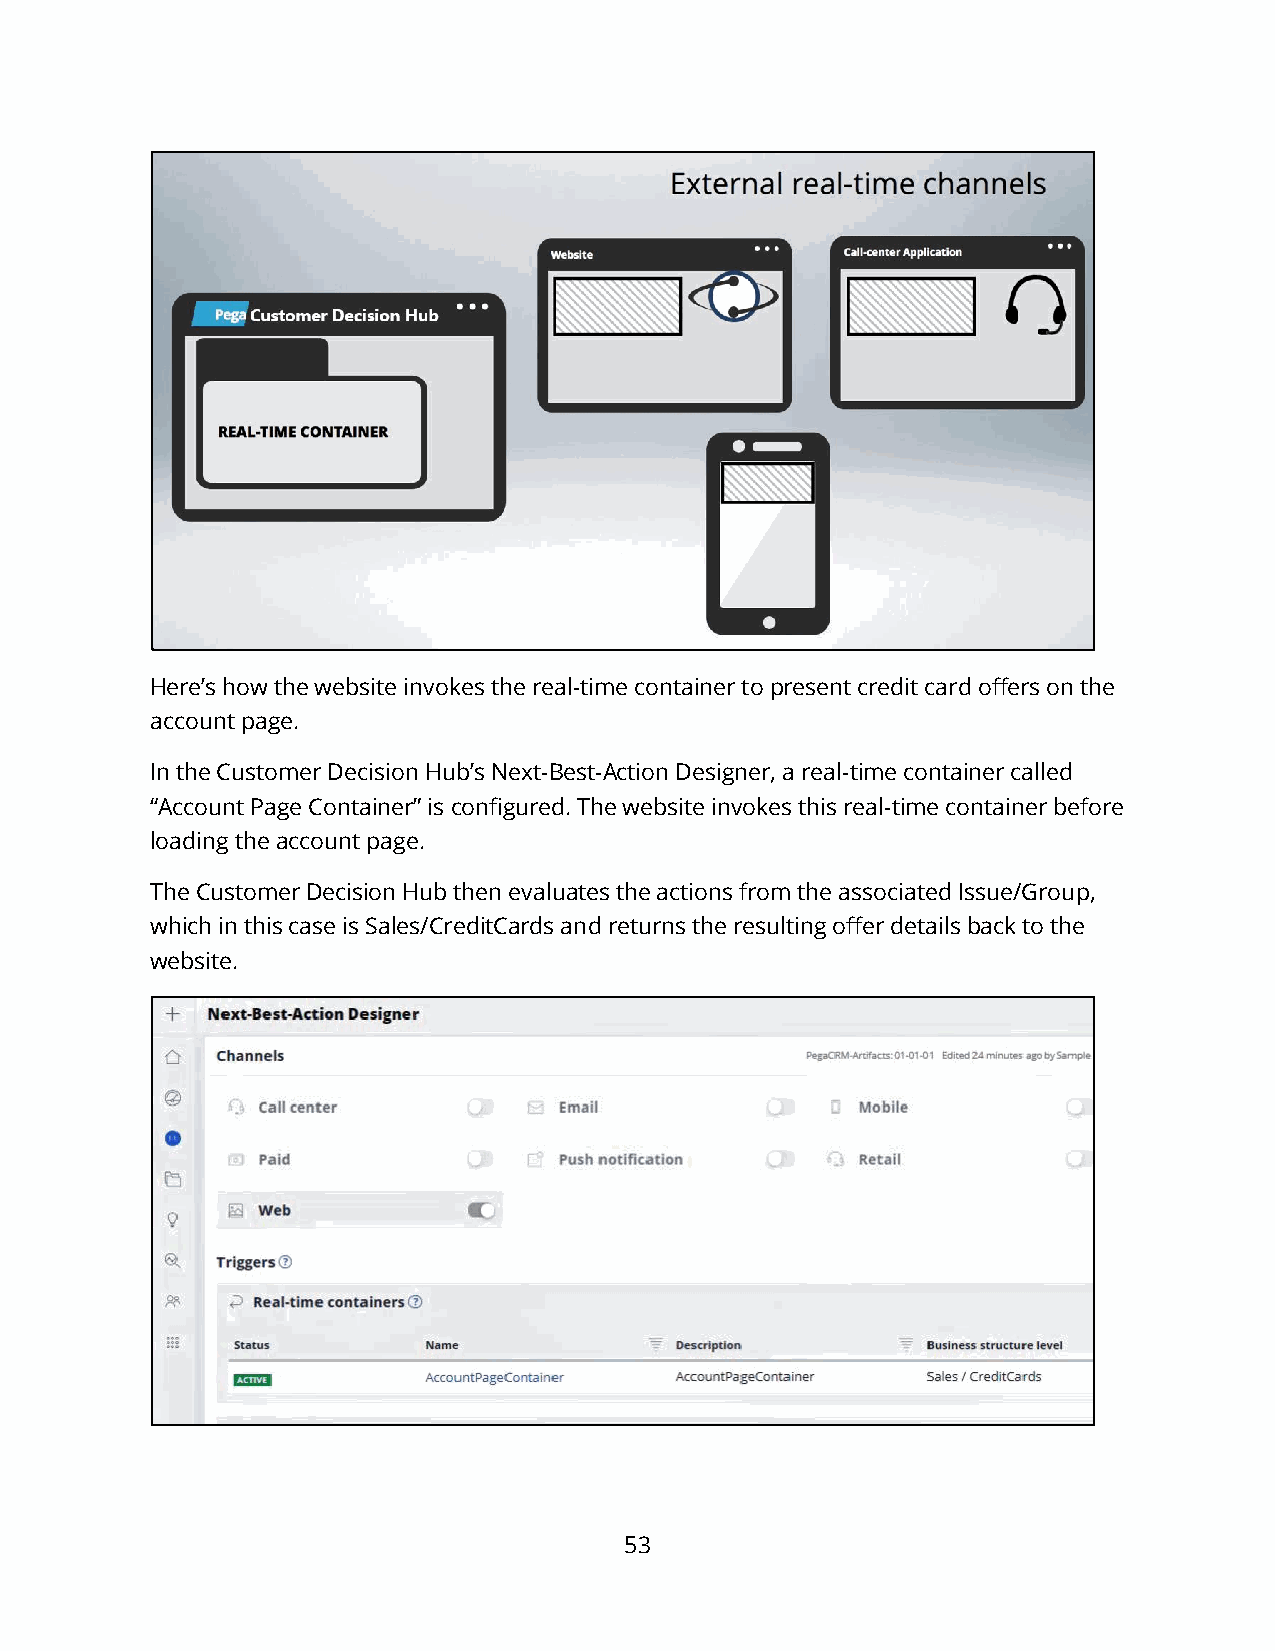
Here’s how the website invokes the real-time container to present credit card offers on the
 account page.
 In the Customer Decision Hub’s Next-Best-Action Designer, a real-time container called
 “Account Page Container” is configured. The website invokes this real-time container before
 loading the account page.
 The Customer Decision Hub then evaluates the actions from the associated Issue/Group,
 which in this case is Sales/CreditCards and returns the resulting offer details back to the
 website.
 53